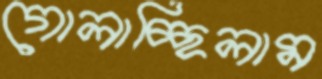
গোলাচ্ছিলাম